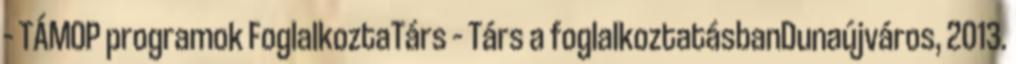
– TÁMOP programok FoglalkoztaTárs – Társ a foglalkoztatásbanDunaújváros, 2013.